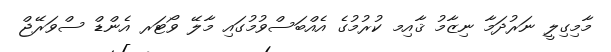
މާމިގިލީ ނަރުދަމާ ނިޒާމު ޤާއިމ ކުރުމުގެ އެއްބަސްވުމުގައި މާލޭ ވޯޓަރ އެންޑް ސްވަރޭޖް